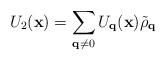
LaTeX: \begin{align*}U_{2}({\bf{x}}) = \sum_{ {\bf{q}} \neq 0 }U_{ {\bf{q}} }({\bf{x}}){\tilde{\rho}}_{ {\bf{q}} }\end{align*}